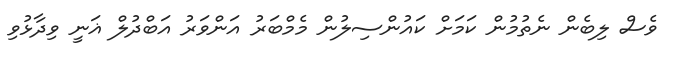
ވެސް ލިބެން ނެތުމުން ކަމަށް ކައުންސިލުން މެމްބަރު އަންވަރު އަބްދުލް ޣަނީ ވިދާޅުވި